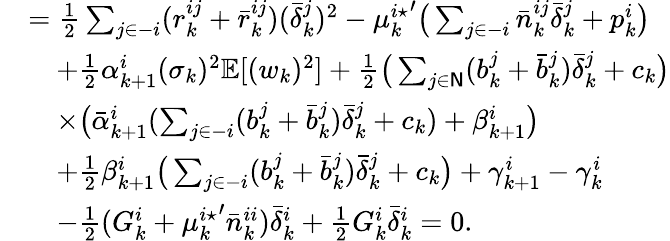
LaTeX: \begin{array}{rl}&{=\frac{1}{2}\sum_{j\in-i}(r_{k}^{ij}+\bar{r}_{k}^{ij})(\bar{\delta}_{k}^{j})^{2}-{\mu_{k}^{i\star}}^{\prime}\big(\sum_{j\in-i}\bar{n}_{k}^{ij}\bar{\delta}_{k}^{j}+p_{k}^{i}\big)}\\ &{\quad+\frac{1}{2}\alpha_{k+1}^{i}(\sigma_{k})^{2}\mathbb{E}[(w_{k})^{2}]+\frac{1}{2}\big(\sum_{j\in\mathsf{N}}(b_{k}^{j}+\bar{b}_{k}^{j})\bar{\delta}_{k}^{j}+c_{k}\big)}\\ &{\quad\times\big(\bar{\alpha}_{k+1}^{i}(\sum_{j\in-i}(b_{k}^{j}+\bar{b}_{k}^{j})\bar{\delta}_{k}^{j}+c_{k})+\beta_{k+1}^{i}\big)}\\ &{\quad+\frac{1}{2}\beta_{k+1}^{i}\big(\sum_{j\in-i}(b_{k}^{j}+\bar{b}_{k}^{j})\bar{\delta}_{k}^{j}+c_{k}\big)+\gamma_{k+1}^{i}-\gamma_{k}^{i}}\\ &{\quad-\frac{1}{2}(G_{k}^{i}+{\mu_{k}^{i\star}}^{\prime}\bar{n}_{k}^{ii})\bar{\delta}_{k}^{i}+\frac{1}{2}G_{k}^{i}\bar{\delta}_{k}^{i}=0.}\end{array}